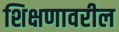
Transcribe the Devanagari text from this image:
शिक्षणावरील